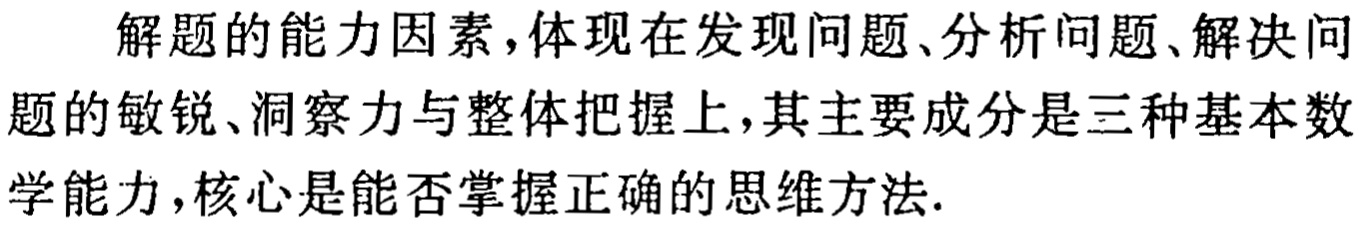
解题的能力因素,体现在发现问题、分析问题、解决问题的敏锐、洞察力与整体把握上,其主要成分是三种基本数学能力,核心是能否掌握正确的思维方法.